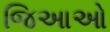
જિઆઓ